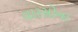
વારસોના